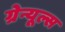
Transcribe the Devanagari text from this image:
ग्रेन्यूल्स